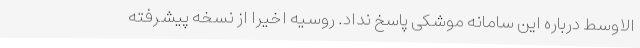
الاوسط درباره این سامانه موشکی پاسخ نداد. روسیه اخیرا از نسخه پیشرفته